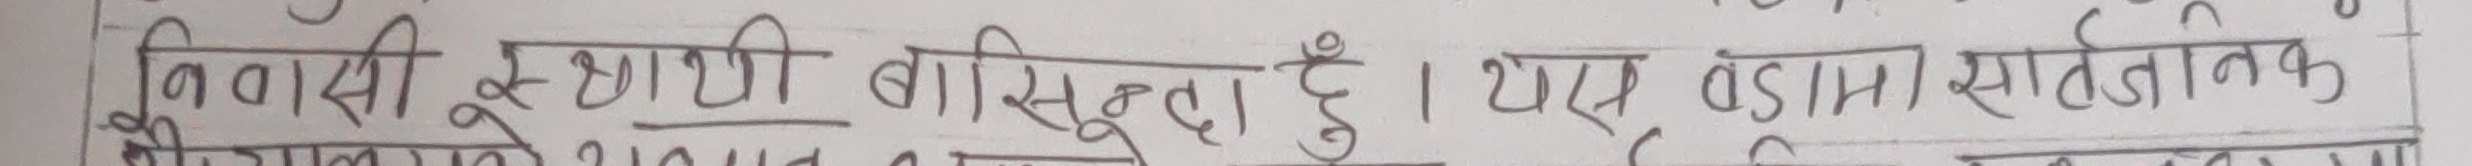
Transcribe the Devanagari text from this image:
निवासी स्थायी बासिन्दा हुन् । यस वार्डमा सार्वजनिक